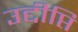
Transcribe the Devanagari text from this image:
उद्दीप्ति